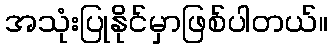
အသုံးပြုနိုင်မှာဖြစ်ပါတယ်။